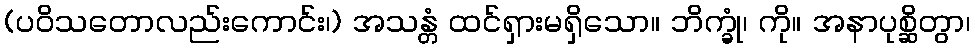
(ပဝိသတောလည်းကောင်း၊) အသန္တံ ထင်ရှားမရှိသော။ ဘိက္ခုံ၊ ကို။ အနာပုစ္ဆိတွာ၊